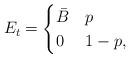
LaTeX: \begin{align*}E_t=\begin{cases}\bar{B}&p\\0&1-p,\end{cases}\end{align*}